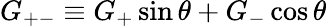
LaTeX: G_{+-}\equiv G_{+}\sin\theta+G_{-}\cos\theta